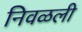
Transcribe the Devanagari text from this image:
निवळली